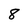
Character: 8